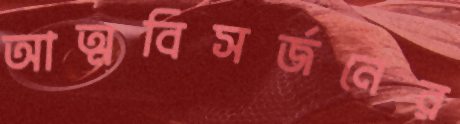
আত্মবিসর্জনের